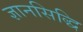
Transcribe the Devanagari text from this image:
ज्ञानसिद्धि